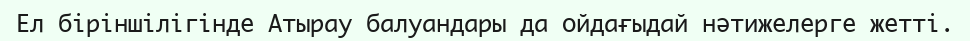
Ел біріншілігінде Атырау балуандары да ойдағыдай нәтижелерге жетті.